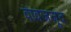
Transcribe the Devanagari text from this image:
वावजजूद